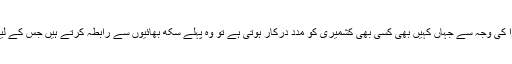
بھارت کے مختلف علاقوں میں ہندتوا کی وجہ سے جہاں کہیں بھی کسی بھی کشمیری کو مدد درکار ہوتی ہے تو وہ پہلے سکھ بھائیوں سے رابطہ کرتے ہیں جس کے لیے کشمیری ان کے مرہون منت ہیں۔